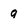
Character: 9